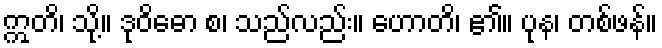
ဣတိ၊ သို့။ ဒုဝိဓော စ၊ သည်လည်း။ ဟောတိ၊ ၏။ ပုန၊ တစ်ဖန်။